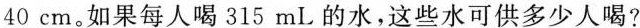
40cm。如果每人喝315mL的水，这些水可供多少人喝?